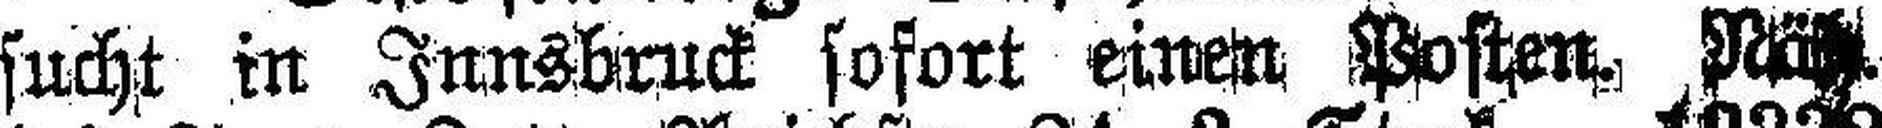
sucht in Innsbruck sofort einen Posten. Näh.